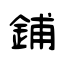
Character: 鋪